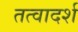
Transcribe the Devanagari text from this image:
तत्वादर्श